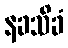
နခသိခံ